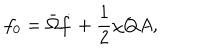
f _ { 0 } = \bar { \Omega } \dot { f } + \frac { 1 } { 2 } \chi Q A ,